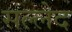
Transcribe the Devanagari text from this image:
सल्लेद